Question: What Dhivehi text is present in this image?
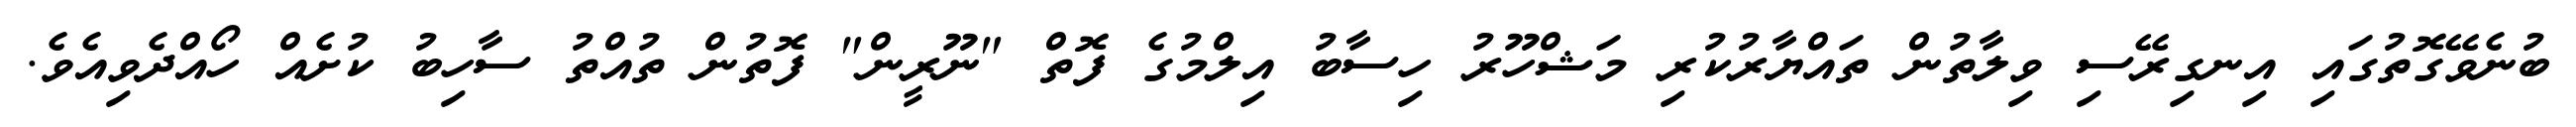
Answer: ބުނެވޭގޮތުގައި އިނގިރޭސި ވިލާތުން ތައްޔާރުކުރި މަޝްހޫރު ހިސާބު އިލްމުގެ ފޮތް "ނޫރީން" ފޮތުން ތުއްތު ސާހިބު ކުށެއް ހޯއްދެވިއެވެ.